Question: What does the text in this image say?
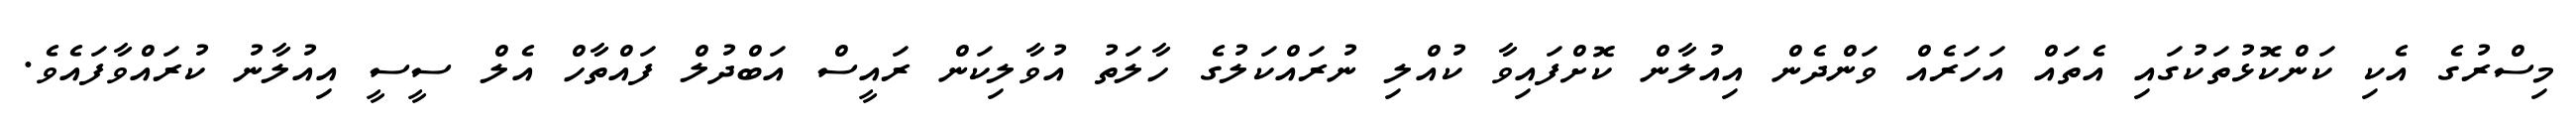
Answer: މިސްރުގެ އެކި ކަންކޮޅުތަކުގައި އެތައް އަހަރެއް ވަންދެން އިއުލާން ކޮށްފައިވާ ކުއްލި ނުރައްކަލުގެ ހާލަތު އުވާލިކަން ރައީސް އަބްދުލް ފައްތާހް އެލް ސީސީ އިއުލާނު ކުރައްވާފައެވެ.